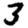
Digit: 3